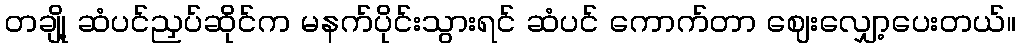
တချို့ ဆံပင်ညှပ်ဆိုင်က မနက်ပိုင်းသွားရင် ဆံပင် ကောက်တာ ဈေးလျှော့ပေးတယ်။